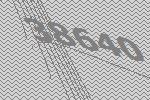
38640